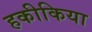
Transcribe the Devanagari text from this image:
हकीकिया